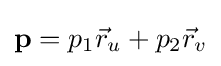
\mathbf {p} =p_{1}{\vec {r}}_{u}+p_{2}{\vec {r}}_{v}